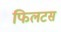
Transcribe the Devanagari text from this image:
फिलटस